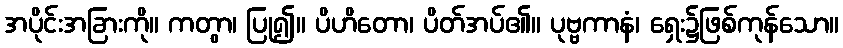
အပိုင်းအခြားကို။ ကတွာ၊ ပြု၍။ ပိဟိတော၊ ပိတ်အပ်၏။ ပုဗ္ဗကာနံ၊ ရှေး၌ဖြစ်ကုန်သော။